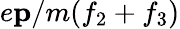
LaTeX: e\mathbf{p}/m(f_{2}+f_{3})